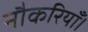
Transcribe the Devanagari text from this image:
नौकरियाँ।